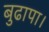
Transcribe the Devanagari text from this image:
बुढापा।